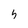
Character: 5